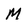
Character: M